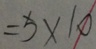
= 5 \times 1 0